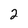
Character: 2